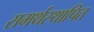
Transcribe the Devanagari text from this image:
समर्थस्थापित